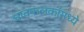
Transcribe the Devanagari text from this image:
धावफलकांमध्ये